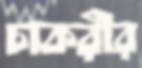
চাকরীর